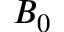
B _ { 0 }